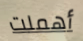
أهملت